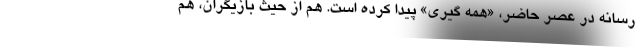
رسانه در عصر حاضر، «همه گیری» پیدا کرده است. هم از حیث بازیگران، هم